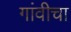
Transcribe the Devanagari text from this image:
गांवीचा